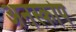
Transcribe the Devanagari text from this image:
अनस्कोप